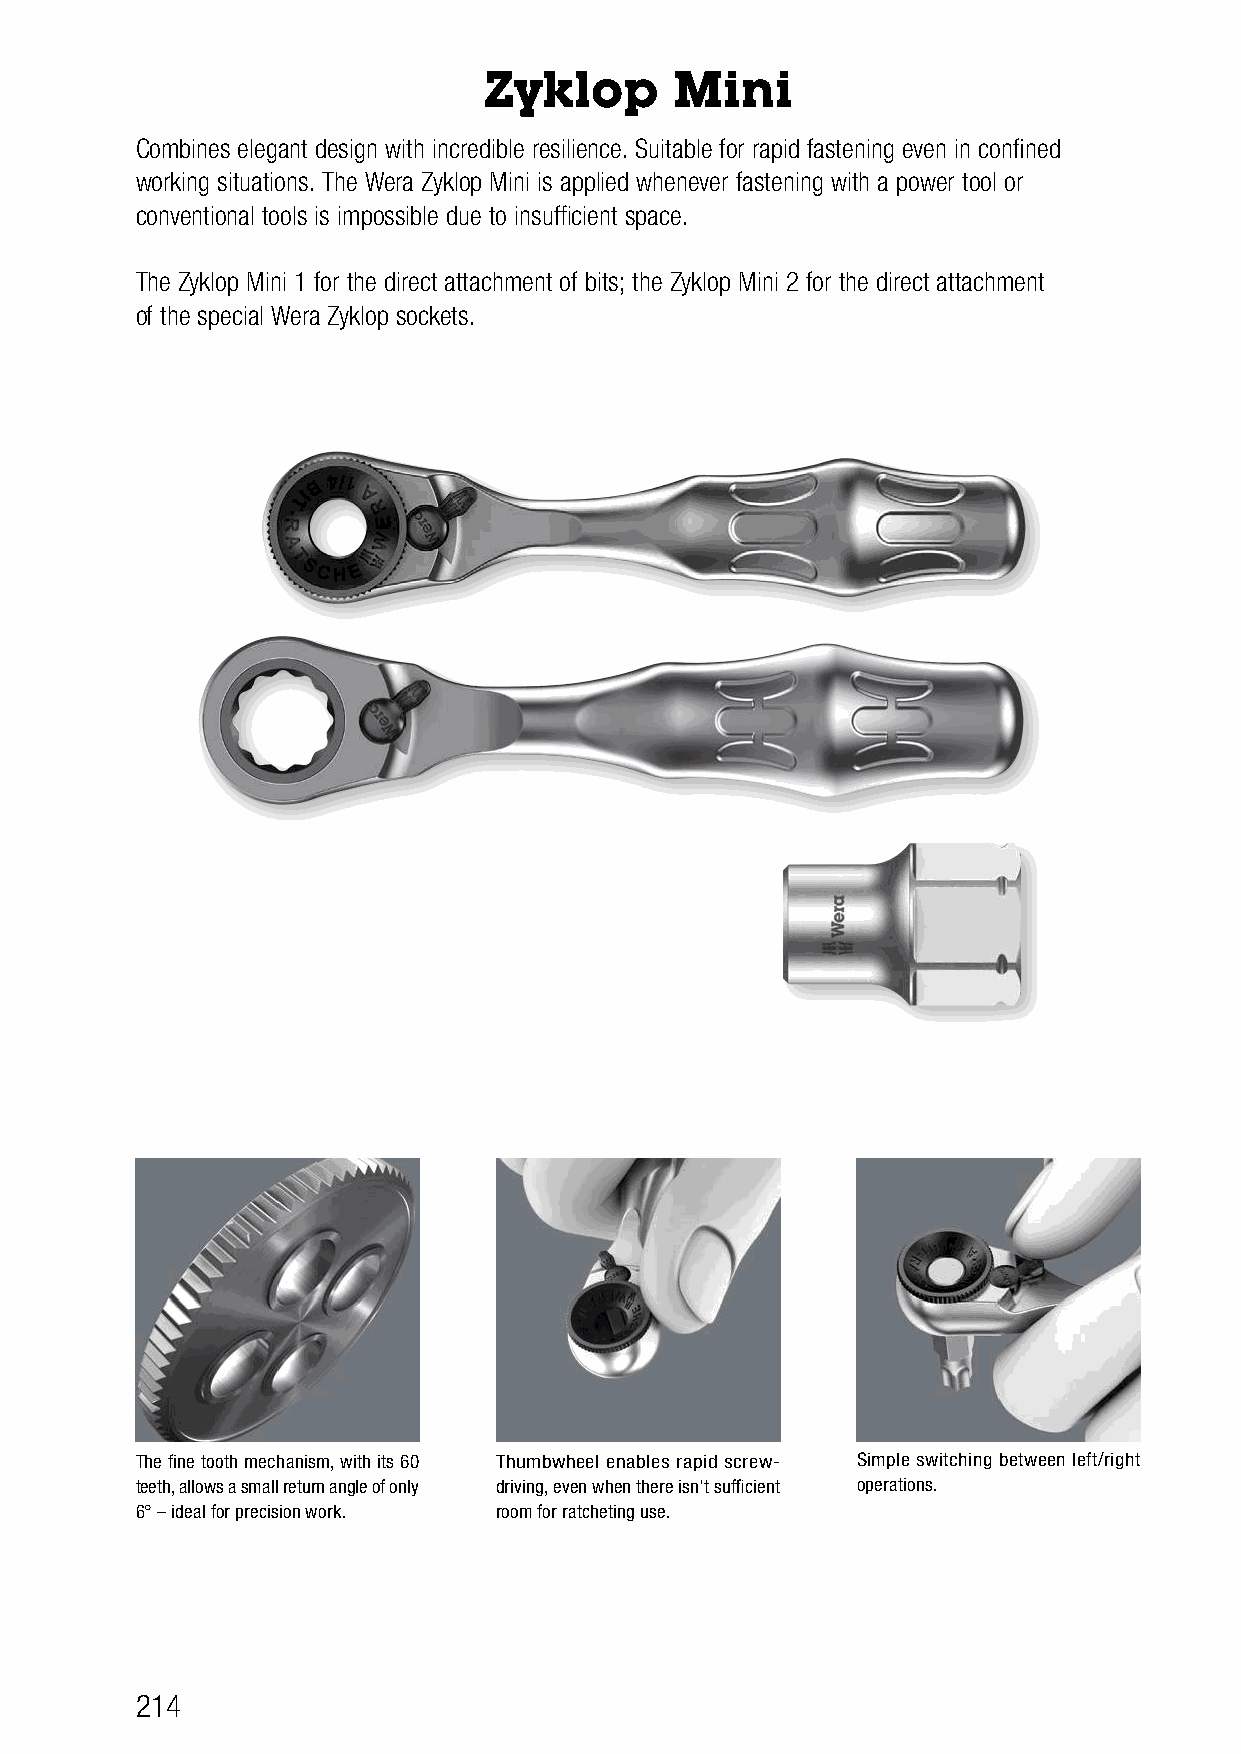
Zyklop       Mini
 Combines elegant design with incredible resilience. Suitable for rapid fastening even in confined
 working situations. The Wera Zyklop Mini is applied whenever fastening with a power tool or
 conventional tools is impossible due to insufficient space.
 The Zyklop Mini 1 for the direct attachment of bits; the Zyklop Mini 2 for the direct attachment
 of the special Wera Zyklop sockets.
 The fine tooth mechanism, with its 60 Thumbwheel enables rapid screw- Simple switching between left/right
 teeth, allows a small return angle of only driving, even when there isn't sufficient operations.
 6° – ideal for precision work. room for ratcheting use.
 214